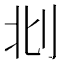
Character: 𠛙